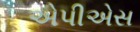
એપીએસ